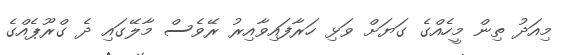
މިއަދު ތިން މީހެއްގެ ގަޔަށް ވަޅި ހަރާފައިވާއިރު ރޭވެސް މާލޭގައި ދެ ގްރޫޕެއްގެ